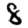
Digit: 8